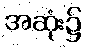
အဆုံး၌